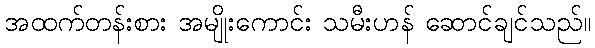
အထက်တန်းစား အမျိုးကောင်း သမီးဟန် ဆောင်ချင်သည်။